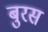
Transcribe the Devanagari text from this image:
बुरस